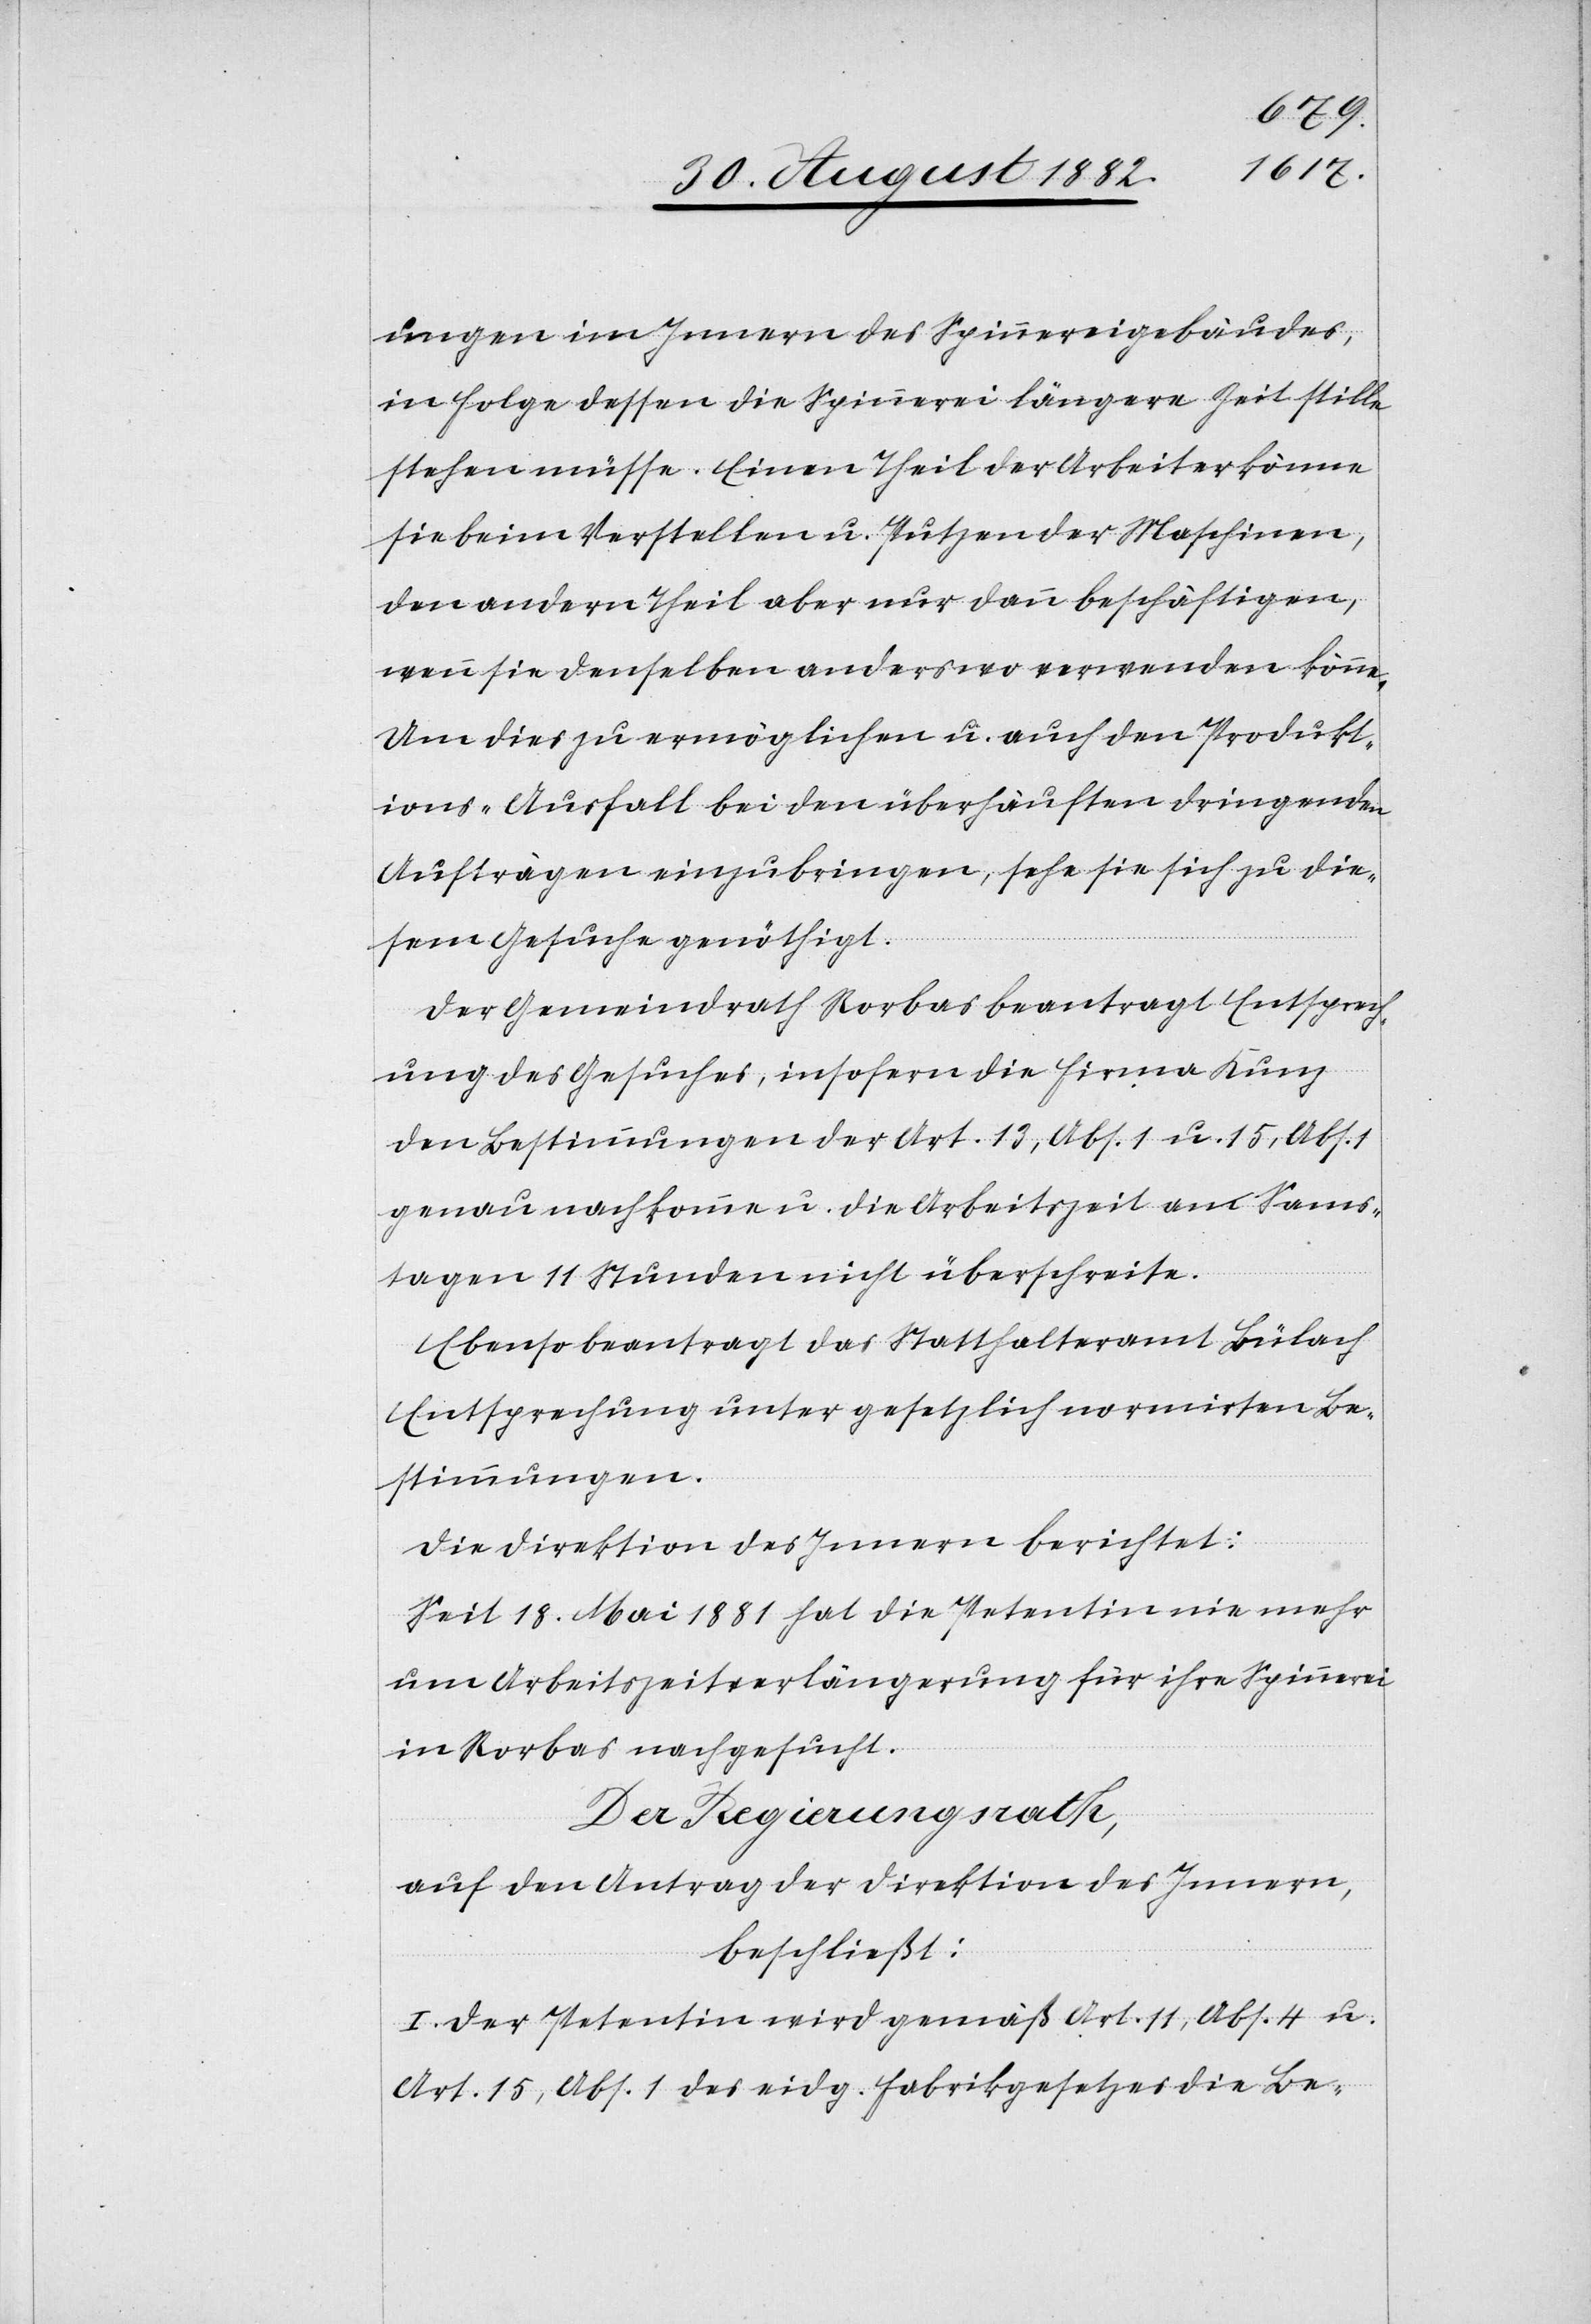
ungen im Innern des Spinnereigebäudes,
in Folge dessen die Spinnerei längere Zeit stille
stehen müsse. Einen Theil der Arbeiter könne
sie beim Verstellen u. Putzen der Maschinen,
den andern Theil aber nur dann beschäftigen,
wenn sie denselben anderswo verwenden könne.
Um dies zu ermöglichen u. auch den Produkt¬
ions-Ausfall bei den überhäuften dringenden
Aufträgen einzubringen, sehe sie sich zu die¬
sem Gesuche genöthigt.
Der Gemeindrath Rorbas beantragt Entsprech¬
ung des Gesuches, insofern die Firma Kunz
den Bestimmungen der Art. 13, Abs. 1 u 15, Abs. 1
genau nachkomme u. die Arbeitszeit an Sams¬
tagen 11 Stunden nicht überschreite.
Ebenso beantragt das Statthalteramt Bülach
Entsprechung unter gesetzlich normirten Be¬
stimmungen.
Die Direktion des Innern berichtet:
Seit 18. Mai 1881 hat die Petentin nie mehr
um Arbeitszeitverlängerung für ihre Spinnerei
in Rorbas nachgesucht.
Der Regierungsrath,
auf den Antrag der Direktion des Innern,
beschließt:
I. Der Petentin wird gemäß Art. 11, Abs. 4 u.
Art. 15, Abs. 1 des eidg. Fabrikgesetzes die Be-